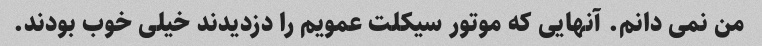
من نمی دانم. آنهایی که موتور سیکلت عمویم را دزدیدند خیلی خوب بودند.